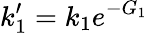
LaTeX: k_{1}^{\prime}=k_{1}e^{-G_{1}}